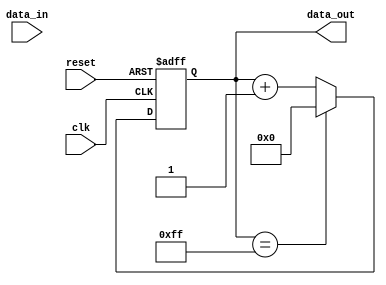
module Timing_Control_and_Synchronization(
    input wire [7:0] data_in,
    input wire clk,
    input wire reset,
    output reg [7:0] data_out
);

reg [7:0] register;

always @ (posedge clk or posedge reset) begin
    if (reset) begin
        register <= 8'h00;
    end else begin
        if (register == 8'hFF) begin
            register <= 8'h00;
        end else begin
            register <= register + 1;
        end
    end
end

assign data_out = register;

endmodule